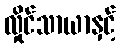
လှိုင်သာယာနှင့်